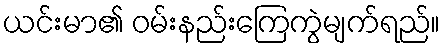
ယင်းမာ၏ ဝမ်းနည်းကြေကွဲမျက်ရည်။